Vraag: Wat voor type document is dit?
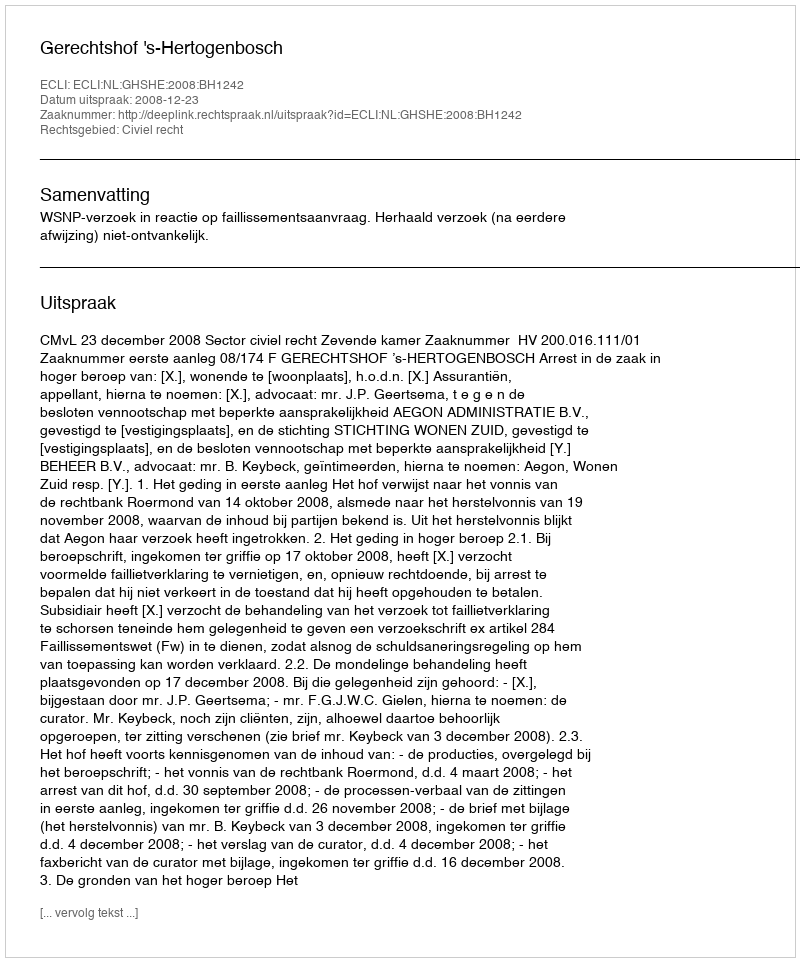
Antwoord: Uitspraak